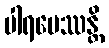
ပါရမေဿန္တိ